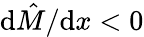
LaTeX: {\mathrm{d}\hat{{M}}}/{\mathrm{d}x}<0